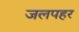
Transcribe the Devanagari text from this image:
जलपहर